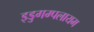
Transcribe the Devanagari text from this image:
इडुगम्पलायम